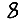
Digit: 8